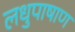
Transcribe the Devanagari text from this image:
लधुपाषाण